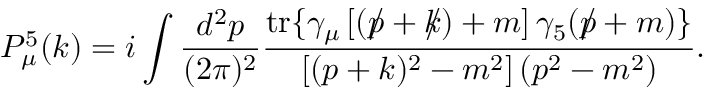
P _ { \mu } ^ { 5 } ( k ) = i \int \frac { d ^ { 2 } p } { ( 2 \pi ) ^ { 2 } } \frac { \mathrm { t r } \{ \gamma _ { \mu } \left[ ( p \! \! \! \slash + k \! \! \! \slash ) + m \right] \gamma _ { 5 } ( p \! \! \! \slash + m ) \} } { \left[ ( p + k ) ^ { 2 } - m ^ { 2 } \right] ( p ^ { 2 } - m ^ { 2 } ) } .